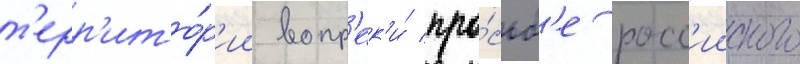
т'ерр'ито́р'ии вопр'ек'и́ про́сьб'е росс'ииского